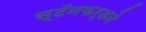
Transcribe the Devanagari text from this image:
स्टॅनफर्डने